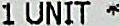
1 UNIT *